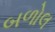
બળોલ